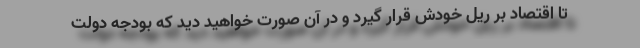
تا اقتصاد بر ریل خودش قرار گیرد و در آن صورت خواهید دید که بودجه دولت